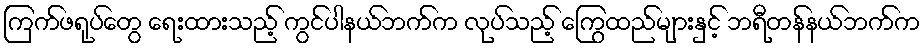
ကြက်ဖရုပ်တွေ ရေးထားသည့် ကွင်ပါနယ်ဘက်က လုပ်သည့် ကြွေထည်များနှင့် ဘရီတန်နယ်ဘက်က